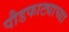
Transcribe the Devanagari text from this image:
पौडफाट्याच्या